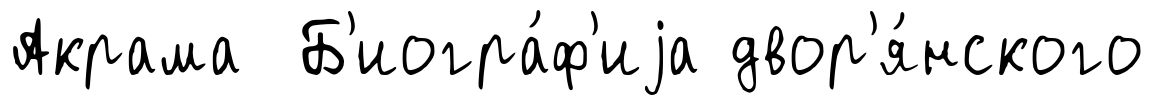
Акрама Б'иогра́ф'иjа двор'я́нского